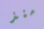
منذ